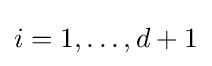
i=1,\dots ,d+1